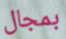
بمجال